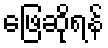
ဖြေဆိုရန်